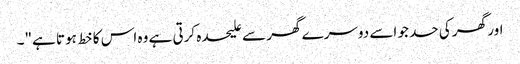
اور گھر کی حد جو اسے دوسرے گھر سے علیحدہ کرتی ہے وہ اس کا خط ہوتا ہے"۔